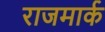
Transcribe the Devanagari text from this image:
राजमार्क